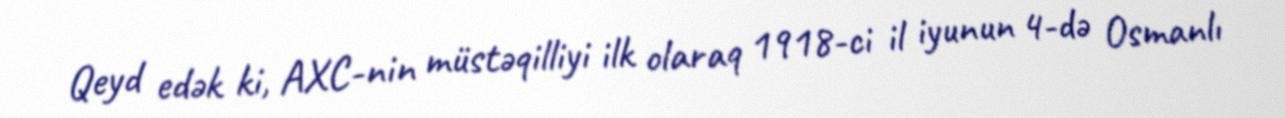
Qeyd edək ki, AXC-nin müstəqilliyi ilk olaraq 1918-ci il iyunun 4-də Osmanlı